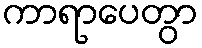
ကာရာပေတွာ